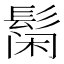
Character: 𲌞